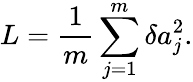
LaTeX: L=\frac{1}{m}\sum_{j=1}^{m}\delta a_{j}^{2}.